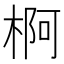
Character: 𱣲